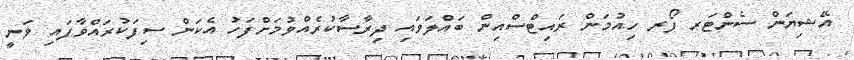
އޭޝިޔަން ސެންޓަރ ފޯރ ހިއުމަން ރައިޓްސްއިން ބައްލަވައި ދިރާސާކުރެއްވުމަށްފަހު އެކަން ސިފަކުރައްވާފައި ވަނީ